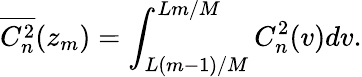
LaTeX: \overline{{C_{n}^{2}}}(z_{m})=\int_{L(m-1)/M}^{Lm/M}C_{n}^{2}(v)dv.